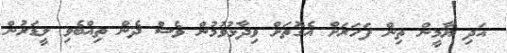
އަދި ޔާމީން ތިން ފަހަރަށް އެގޮތަށް ވިދާޅުވުމުން ވެސް ދެން ތިއްބެވި ލީޑަރުން